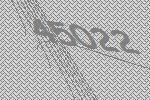
45022